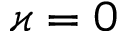
\varkappa = 0